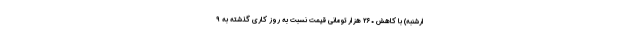
ارشنبه) با کاهش ۲۶۰ هزار تومانی قیمت نسبت به روز کاری گذشته به ۹